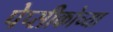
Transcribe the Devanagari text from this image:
पेप्सीकोच्या